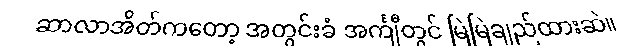
ဆာလာအိတ်ကတော့ အတွင်းခံ အင်္ကျီတွင် မြဲမြဲချည်ထားဆဲ။